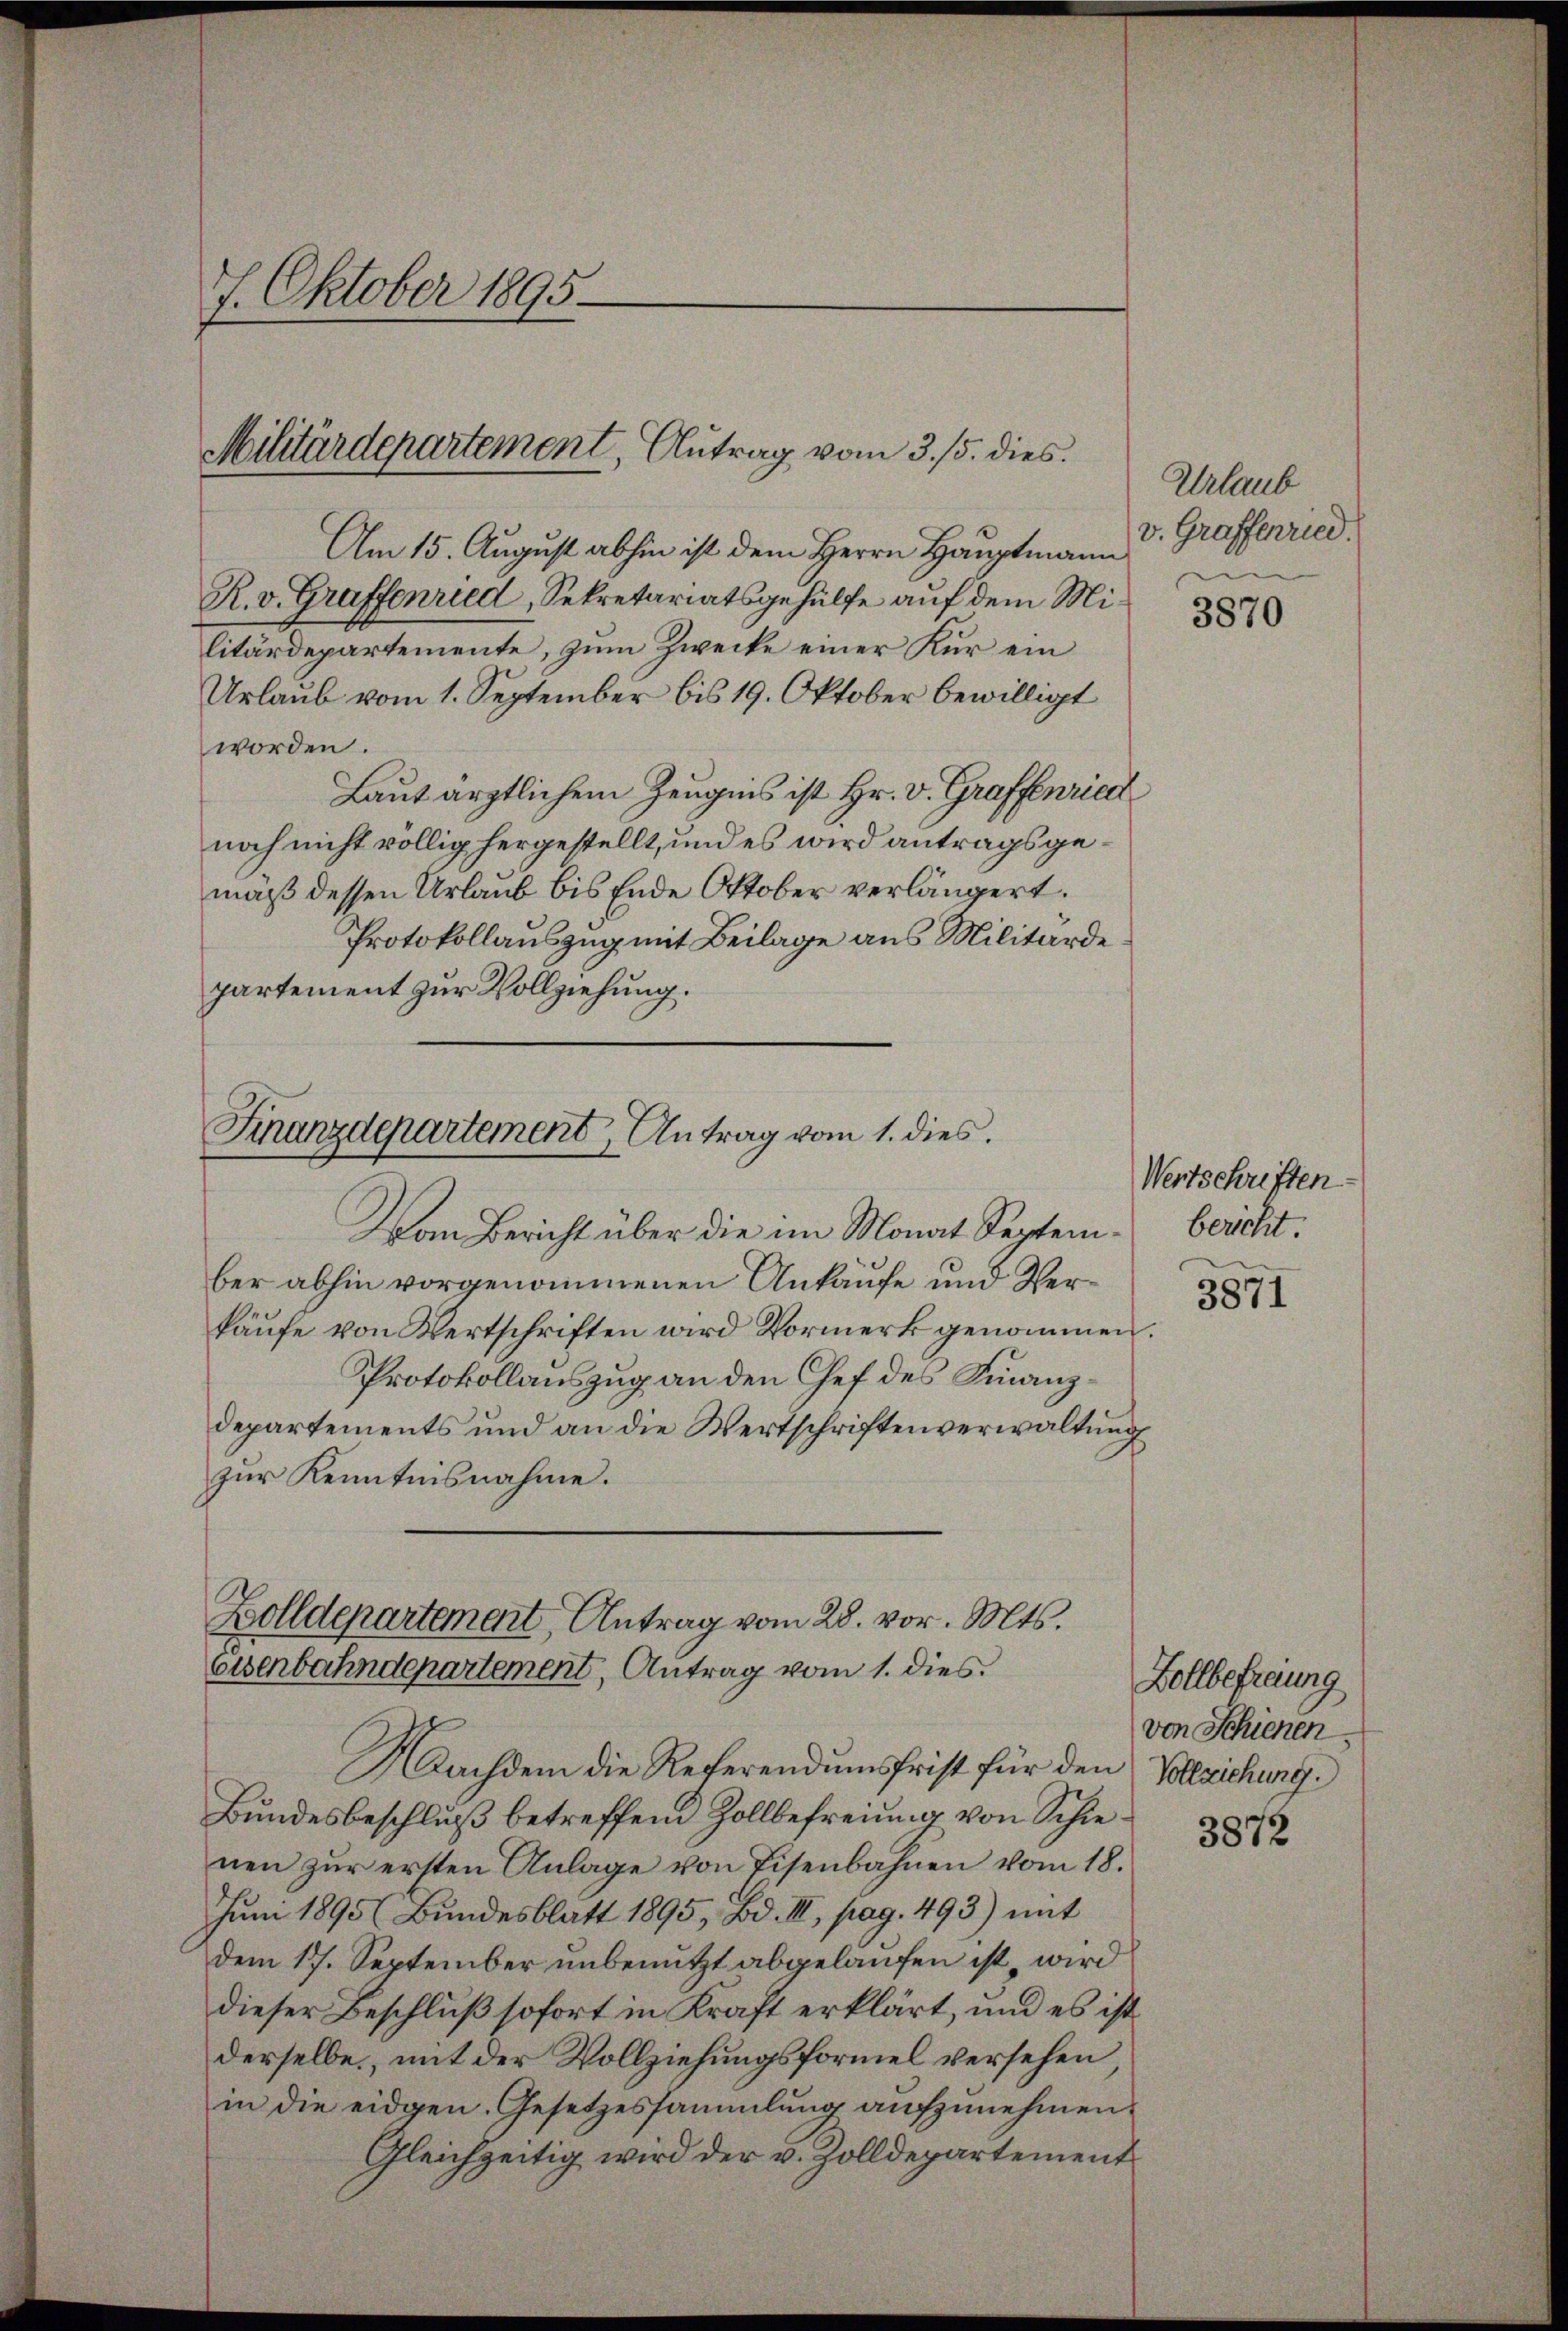
7. Oktober 1895.

Militärdepartement, Antrag vom 3. 5. dies

Am 15. August abhin ist dem Herrn Hauptmann
R. v. Graffenried, Sekretariatsgehülfe auf dem Militärdepartemente, zum Zwecke einer Kur ein
Urlaub vom 1. September bis 19. Oktober bewilligt
worden.
Laut ärztlichem Zeugnis ist Hr. v. Graffenriet
noch nicht völlig hergestellt, und es wird antragsgemäß dessen Urlaub bis Ende Oktober verlängert.
Protokollauszug mit Beilage aus Militärde
partement zur Vollziehung.

Finanzdepartement Antrag vom 1. dies.

Vom Bericht über die im Monat September abhin vorgenommenen Ankaufe und Verkäufe von Wertschriften wird Vormerk genommen.
Protokollauszug an den Chef des Finanzdepartements und an die Wertschriftenverwaltung
zur Kenntnisnahme.

Zolldepartement Antrag vom 28. vor. Mts.
Eisenbahndepartement, Antrag vom 1. dies

Nachdem die Referendumsfrist für den
Bundesbeschluß betreffend Zollbefreiung von Schienen zŭr ersten Anlage von Eisenbahnen vom 18.
Juni 1895 (Bundesblatt 1895, Bd. III, pag. 493) mit
dem 17. September unbenutzt abgelaufen ist wird
dieser Beschluß sofort in Kraft erklärt, und es ist
derselbe, mit der Vollziehungsformel versehen
in die eidgen. Gesetzessammlung aufzunehmen.
Gleichzeitig wird der v. Zolldepartement

Urlaub
v. Graffenried.

3870

Wertschriften
bericht.
3871

Zollbefreiung
von Schienen
Vollziehung.

3872